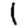
Digit: 1